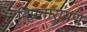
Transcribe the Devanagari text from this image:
विप्रनारायण